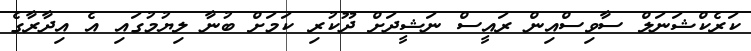
ކަރެކްޝަނަލް ސާވިސްއިން ރައީސް ނަޝީދަށް ދޫކުރި ކަމަށް ބުނާ ލިޔުމުގައި އެ އިދާރާގެ